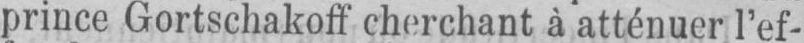
prince Gortschakoff cherchant à atténuer l’ef-